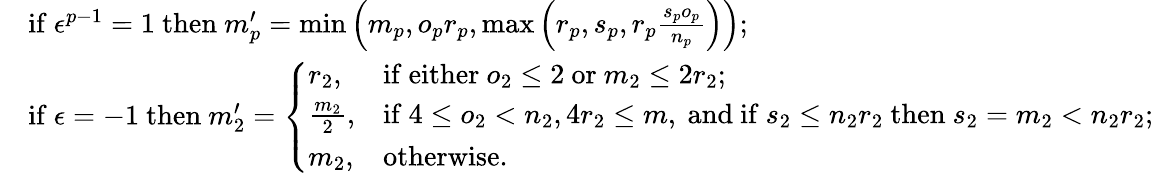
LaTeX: \begin{array}{rl}&{\mathrm{if~}\epsilon^{p-1}=1\mathrm{~then~}m_{p}^{\prime}=\operatorname*{min}\left(m_{p},o_{p}r_{p},\operatorname*{max}\left(r_{p},s_{p},r_{p}\frac{s_{p}o_{p}}{n_{p}}\right)\right);}\\ &{\mathrm{if~}\epsilon=-1\mathrm{~then~}m_{2}^{\prime}=\left\{ \begin{array}{ll}{r_{2},}&{\mathrm{if~either~}o_{2}\le 2\mathrm{~or~}m_{2}\le 2r_{2};}\\ {\frac{m_{2}}{2},}&{\mathrm{if~}4\le o_{2}<n_{2},4r_{2}\le m,\mathrm{~and~if~}s_{2}\le n_{2}r_{2}\mathrm{~then~}s_{2}=m_{2}<n_{2}r_{2};}\\ {m_{2},}&{\mathrm{otherwise}.}\end{array}\right.}\end{array}